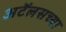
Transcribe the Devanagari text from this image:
अटॅलसच्या